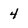
Character: 4